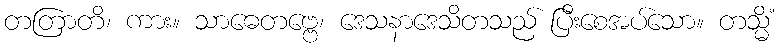
တတြာတိ၊ ကား။ သာဓေတဗ္ဗေ၊ ဒေသနာဒေသိတသည် ပြီးစေအပ်သော။ တသ္မိံ